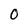
Character: 0